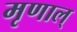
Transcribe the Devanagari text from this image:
मृणाल्